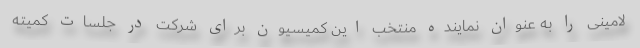
لامینی را به عنوان نماینده منتخب این کمیسیون برای شرکت در جلسات کمیته